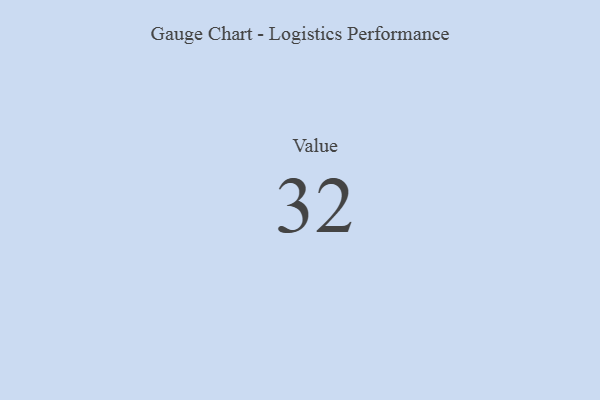
{"axis": {"x": "Metric", "y": "Value"}, "legend": [""], "data": [{"x": "Value", "y": 32, "type": ""}]}